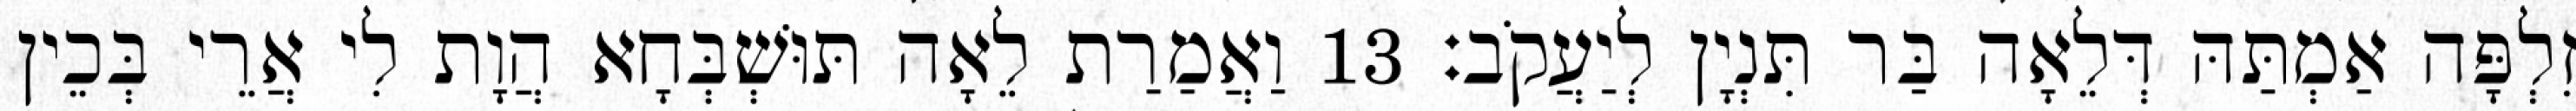
זִלְפָּה אַמְתַּהּ דְּלֵאָה בַּר תִּנְיָן לְיַעֲקֹב׃ 13 וַאֲמַרַת לֵאָה תּוּשְׁבְּחָא הֲוָת לִי אֲרֵי בְּכֵין